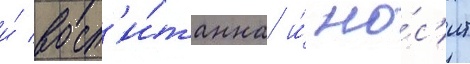
и́ восп'и́танна и́ но́с'ит